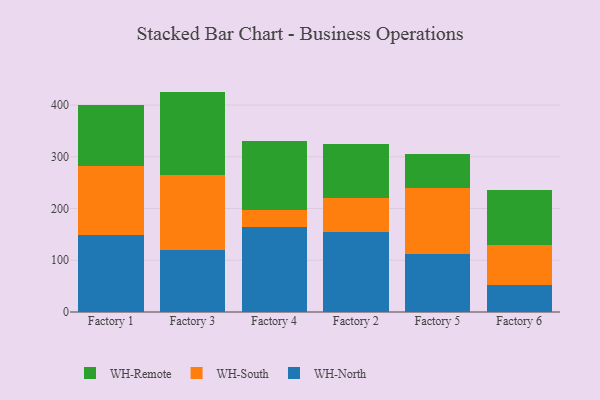
{"axis": {"x": "Factory", "y": "Operating Costs (USD K)"}, "legend": ["WH-North", "WH-Remote", "WH-South"], "data": [{"x": "Factory 1", "y": 148.3, "type": "WH-North"}, {"x": "Factory 1", "y": 133.7, "type": "WH-South"}, {"x": "Factory 1", "y": 118.0, "type": "WH-Remote"}, {"x": "Factory 3", "y": 120.0, "type": "WH-North"}, {"x": "Factory 3", "y": 144.0, "type": "WH-South"}, {"x": "Factory 3", "y": 161.9, "type": "WH-Remote"}, {"x": "Factory 4", "y": 163.8, "type": "WH-North"}, {"x": "Factory 4", "y": 32.4, "type": "WH-South"}, {"x": "Factory 4", "y": 133.3, "type": "WH-Remote"}, {"x": "Factory 2", "y": 155.0, "type": "WH-North"}, {"x": "Factory 2", "y": 65.1, "type": "WH-South"}, {"x": "Factory 2", "y": 103.9, "type": "WH-Remote"}, {"x": "Factory 5", "y": 111.3, "type": "WH-North"}, {"x": "Factory 5", "y": 127.9, "type": "WH-South"}, {"x": "Factory 5", "y": 66.8, "type": "WH-Remote"}, {"x": "Factory 6", "y": 51.9, "type": "WH-North"}, {"x": "Factory 6", "y": 78.3, "type": "WH-South"}, {"x": "Factory 6", "y": 106.1, "type": "WH-Remote"}]}